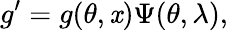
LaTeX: g^{\prime}=g(\theta,\mathit{x})\Psi(\theta,\lambda),